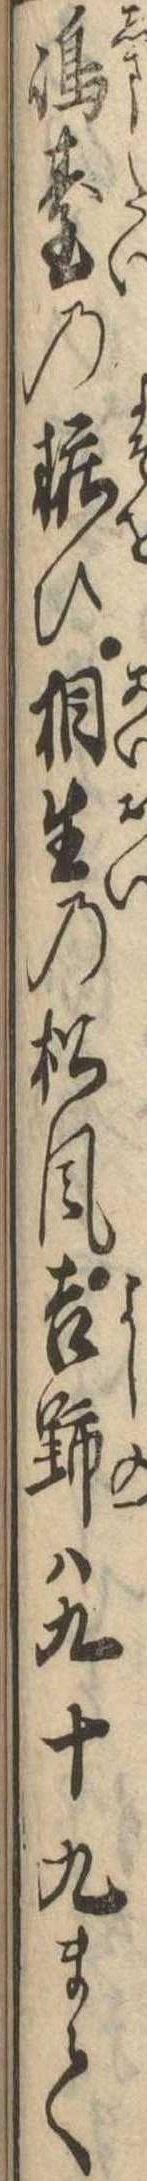
島台の粧ひ相生の松風吉野は九十九まて